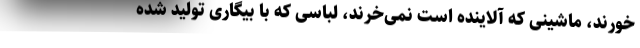
خورند، ماشینی که آلاینده است نمی‌خرند، لباسی که با بیگاری تولید شده